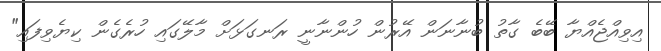
އިވިއްޖެއްޔާ ބޭބެ ގާތު ބުނާނަން އޭރުން ހުންނާނީ ރަނގަޅަށް މާލޭގައި ހުރެގެން ކިޔެވިފައި"